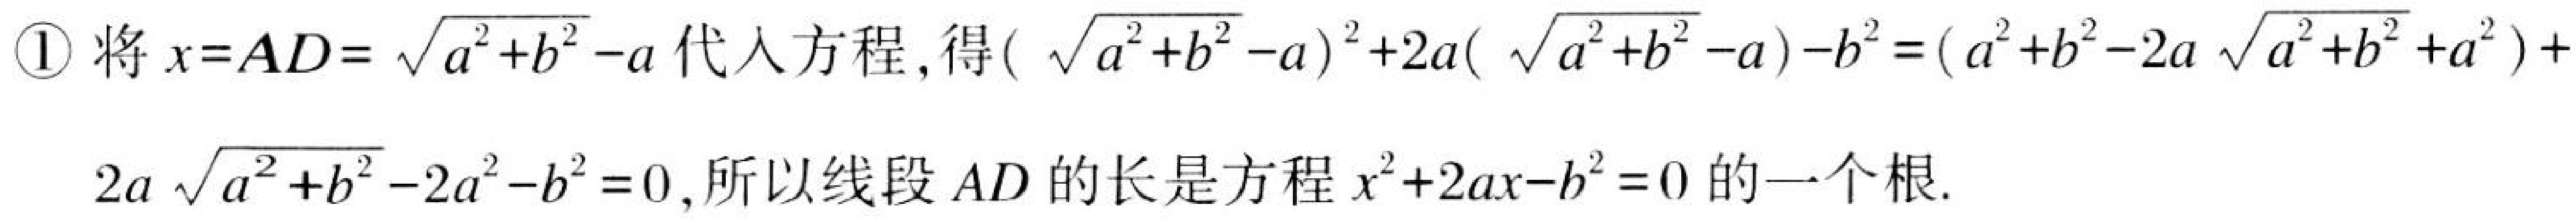
\textcircled{1}将$x = AD=\sqrt{a^{2}+b^{2}}-a$代入方程,得$(\sqrt{a^{2}+b^{2}}-a)^{2}+2a(\sqrt{a^{2}+b^{2}}-a)-b^{2}=(a^{2}+b^{2}-2a\sqrt{a^{2}+b^{2}}+a^{2})+2a\sqrt{a^{2}+b^{2}}-2a^{2}-b^{2}=0$,所以线段$AD$的长是方程$x^{2}+2ax - b^{2}=0$的一个根.